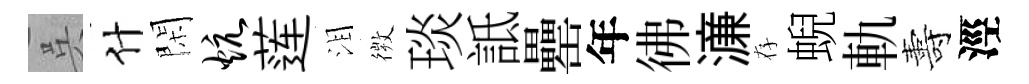
呉什閑炕莲泪𢕄琰詆罍年彿濓存蜺軌夀涇